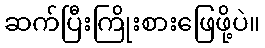
ဆက်ပြီးကြိုးစားဖြေဖို့ပဲ။